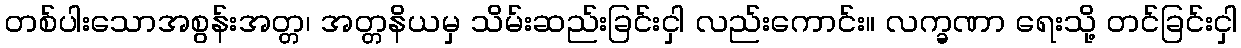
တစ်ပါးသောအစွန်းအတ္တ၊ အတ္တနိယမှ သိမ်းဆည်းခြင်းငှါ လည်းကောင်း။ လက္ခဏာ ရေးသို့ တင်ခြင်းငှါ